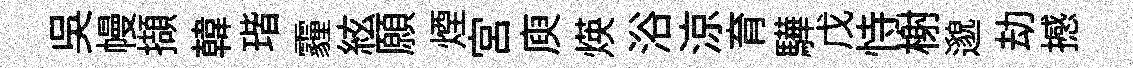
吳幔擷韓瑎霾絃願煙宫庾煐浴涼育驊戊恃榭邈劫撼